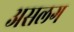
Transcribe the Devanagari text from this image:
असलग